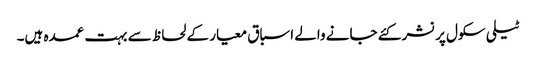
ٹیلی سکول پر نشر کئے جانے والے اسباق معیار کے لحاظ سے بہت عمدہ ہیں۔